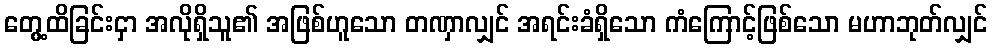
တွေ့ထိခြင်းငှာ အလိုရှိသူ၏ အဖြစ်ဟူသော တဏှာလျှင် အရင်းခံရှိသော ကံကြောင့်ဖြစ်သော မဟာဘုတ်လျှင်